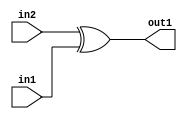
`timescale 1ps / 1ps
/*****************************************************************************
    Verilog RTL Description
    
    
    Created by: Stratus DpOpt 2019.1.04 
*******************************************************************************/

module fir_Xor_1Ux1U_1U_4 (
	in2,
	in1,
	out1
	); /* architecture "behavioural" */ 
input  in2,
	in1;
output  out1;
wire  asc001;

assign asc001 = 
	(in2)
	^(in1);

assign out1 = asc001;
endmodule

/* CADENCE  urf5SAw= : u9/ySgnWtBlWxVbRXgAU4eg= ** DO NOT EDIT THIS LINE ******/